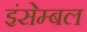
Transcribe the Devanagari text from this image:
इंसेम्बल